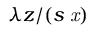
\lambda z / ( s \it { \Delta } x )